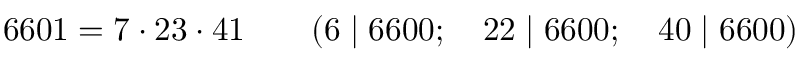
6 6 0 1 = 7 \cdot 2 3 \cdot 4 1 \qquad ( 6 \mid 6 6 0 0 ; \quad 2 2 \mid 6 6 0 0 ; \quad 4 0 \mid 6 6 0 0 )